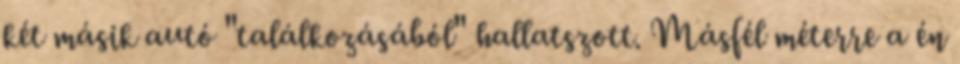
két másik autó "találkozásából" hallatszott. Másfél méterre a én